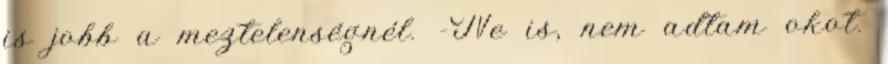
is jobb a meztelenségnél. -Ne is, nem adtam okot.